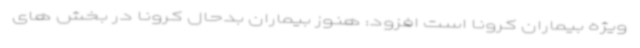
ویژه بیماران کرونا است افزود: هنوز بیماران بدحال کرونا در بخش های